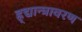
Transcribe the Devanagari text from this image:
ह्र्द्यान्त्रावरण